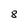
Character: 8